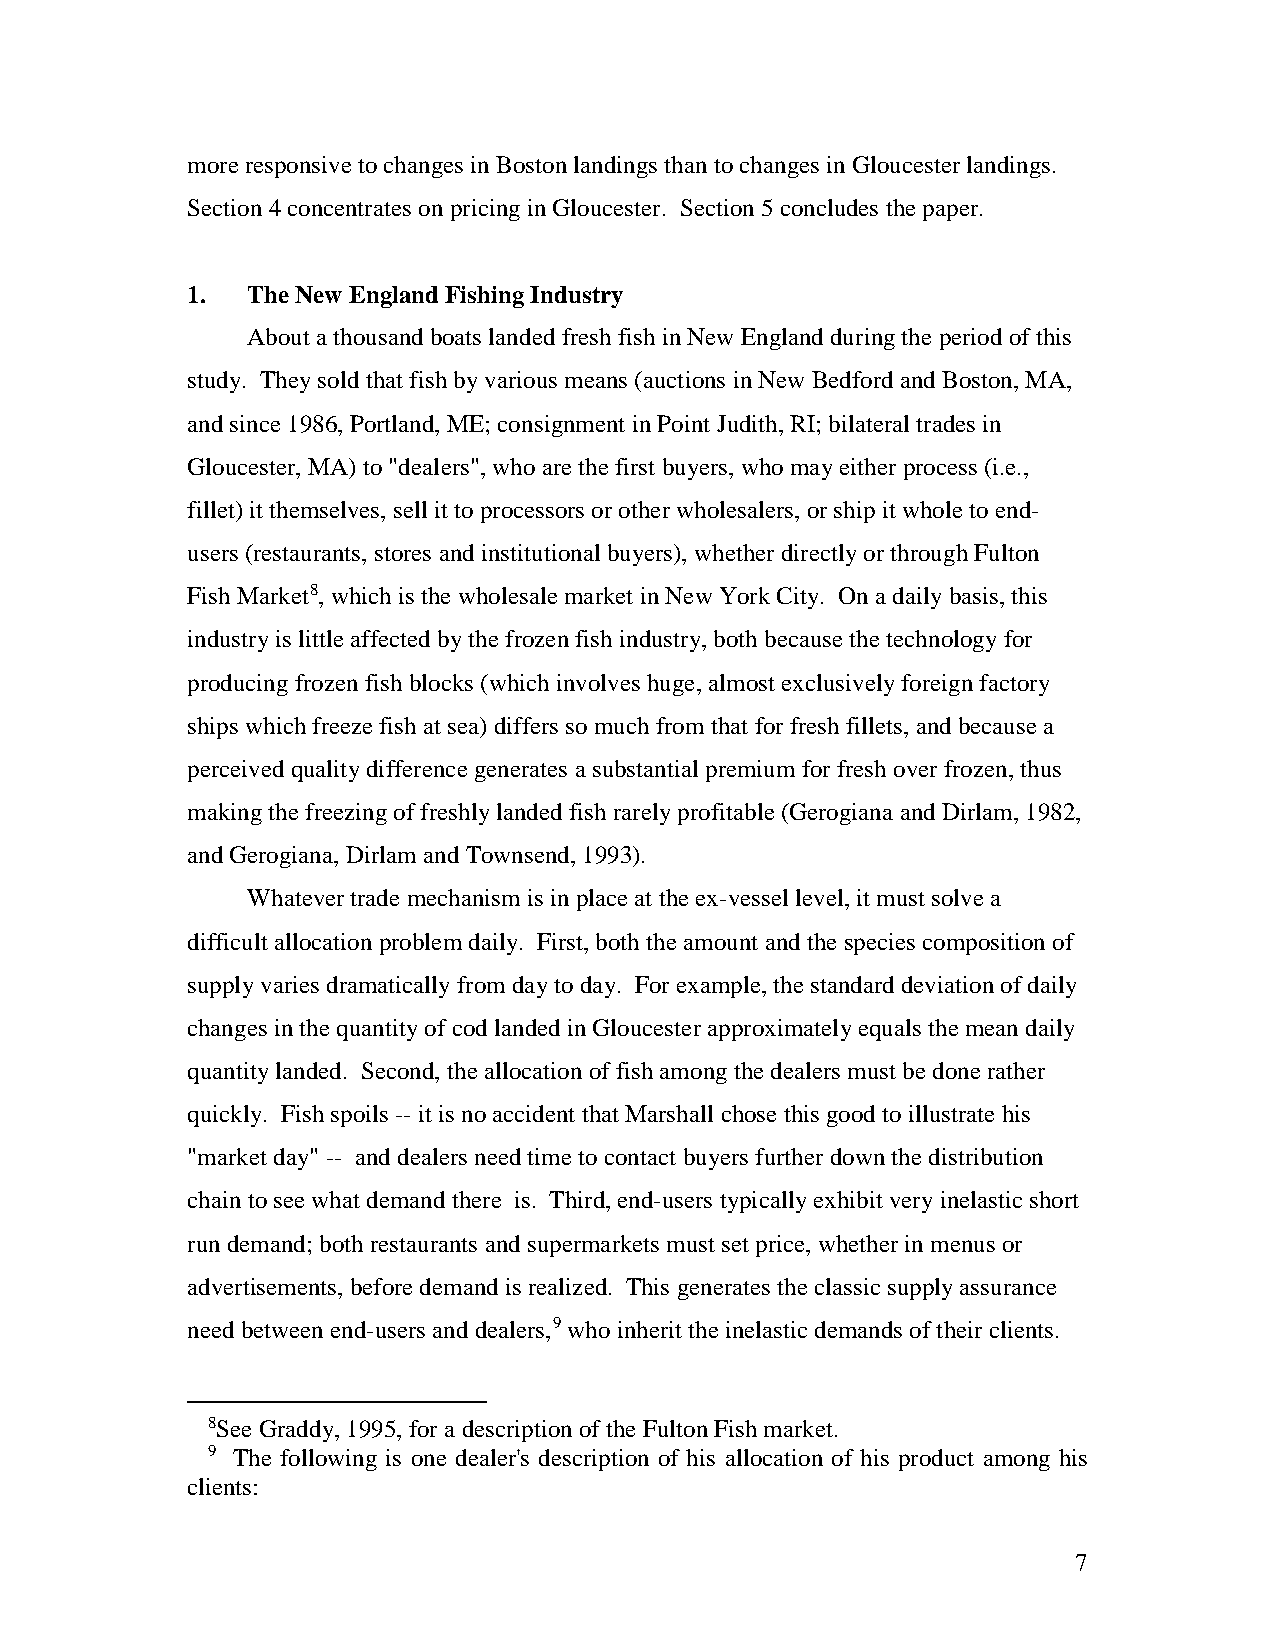
more responsive to changes in Boston landings than to changes in Gloucester landings.
 Section 4 concentrates on pricing in Gloucester. Section 5 concludes the paper.
 1.  The New England Fishing Industry
 About a thousand boats landed fresh fish in New England during the period of this
 study. They sold that fish by various means (auctions in New Bedford and Boston, MA,
 and since 1986, Portland, ME; consignment in Point Judith, RI; bilateral trades in
 Gloucester, MA) to "dealers", who are the first buyers, who may either process (i.e.,
 fillet) it themselves, sell it to processors or other wholesalers, or ship it whole to end-
 users (restaurants, stores and institutional buyers), whether directly or through Fulton
 Fish Market8, which is the wholesale market in New York City. On a daily basis, this
 industry is little affected by the frozen fish industry, both because the technology for
 producing frozen fish blocks (which involves huge, almost exclusively foreign factory
 ships which freeze fish at sea) differs so much from that for fresh fillets, and because a
 perceived quality difference generates a substantial premium for fresh over frozen, thus
 making the freezing of freshly landed fish rarely profitable (Gerogiana and Dirlam, 1982,
 and Gerogiana, Dirlam and Townsend, 1993).
 Whatever trade mechanism is in place at the ex-vessel level, it must solve a
 difficult allocation problem daily. First, both the amount and the species composition of
 supply varies dramatically from day to day. For example, the standard deviation of daily
 changes in the quantity of cod landed in Gloucester approximately equals the mean daily
 quantity landed. Second, the allocation of fish among the dealers must be done rather
 quickly. Fish spoils -- it is no accident that Marshall chose this good to illustrate his
 "market day" -- and dealers need time to contact buyers further down the distribution
 chain to see what demand there is. Third, end-users typically exhibit very inelastic short
 run demand; both restaurants and supermarkets must set price, whether in menus or
 advertisements, before demand is realized. This generates the classic supply assurance
 need between end-users and dealers,9 who inherit the inelastic demands of their clients.
 8See Graddy, 1995, for a description of the Fulton Fish market.
 9 The following is one dealer's description of his allocation of his product among his
 clients:
 7